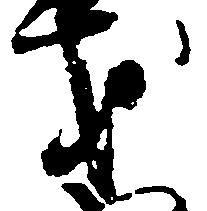
才